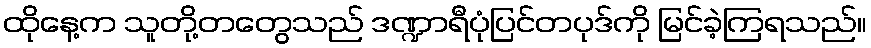
ထိုနေ့က သူတို့တတွေသည် ဒဏ္ဍာရီပုံပြင်တပုဒ်ကို မြင်ခဲ့ကြရသည်။